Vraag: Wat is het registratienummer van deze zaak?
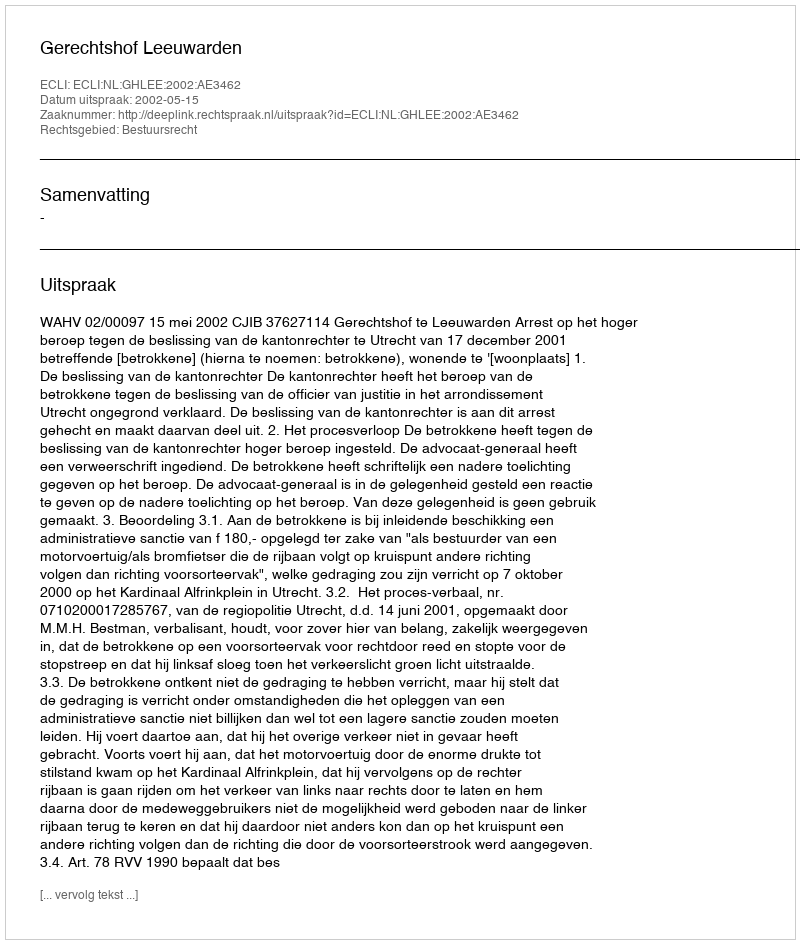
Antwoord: http://deeplink.rechtspraak.nl/uitspraak?id=ECLI:NL:GHLEE:2002:AE3462